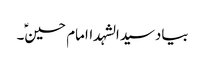
بیادسیدالشہداامام حسینؑ۔